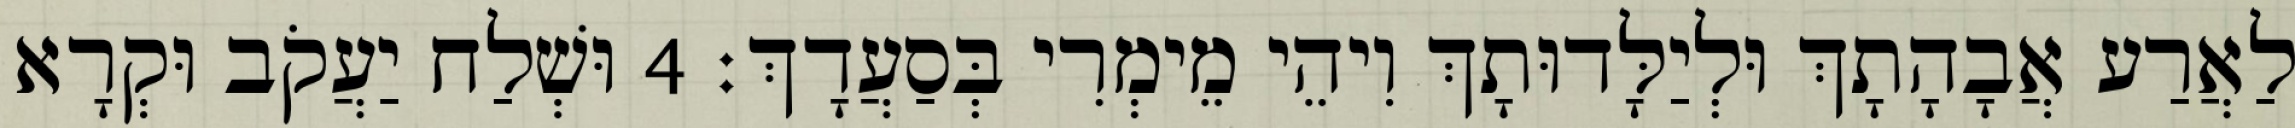
לַאֲרַע אֲבָהָתָךְ וּלְיַלָּדוּתָךְ וִיהֵי מֵימְרִי בְּסַעֲדָךְ׃ 4 וּשְׁלַח יַעֲקֹב וּקְרָא